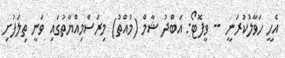
އެހީ ހަވާލުކުރަނީ -- ވީފޮޓޯ: އަބްދު ޝާމް (މުއްތު) މިރަސްމިއްޔާތުގައި ވަނީ ތިލަފުށި